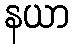
နယာ